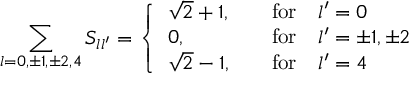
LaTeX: \sum _ { l = 0 , \pm 1 , \pm 2 , 4 } S _ { l l ^ { \prime } } = \left\{ \begin{array} { l l } { { \sqrt { 2 } + 1 , } } & { { \quad \mathrm { f o r } \quad l ^ { \prime } = 0 } } \\ { { 0 , } } & { { \quad \mathrm { f o r } \quad l ^ { \prime } = \pm 1 , \pm 2 } } \\ { { \sqrt { 2 } - 1 , } } & { { \quad \mathrm { f o r } \quad l ^ { \prime } = 4 } } \end{array} \right.